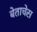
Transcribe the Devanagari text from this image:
बेताचेस